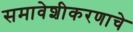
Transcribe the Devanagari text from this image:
समावेशीकरणाचे